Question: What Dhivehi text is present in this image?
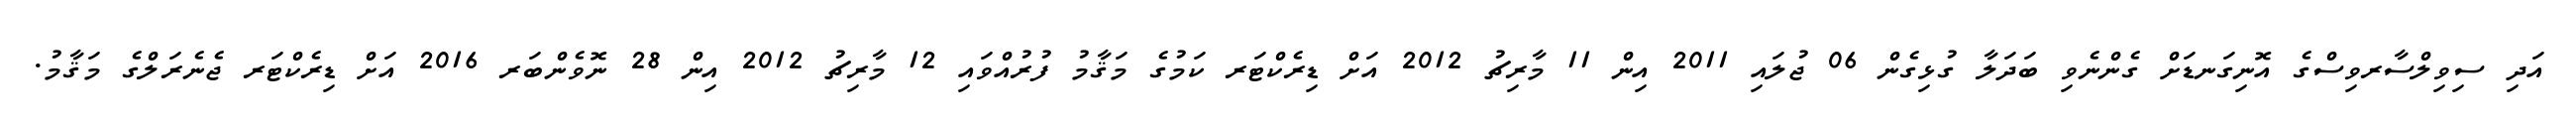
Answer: އަދި ސިވިލްސާރވިސްގެ އޮނިގަނޑަށް ގެންނެވި ބަދަލާ ގުޅިގެން 06 ޖުލައި 2011 އިން 11 މާރިޗު 2012 އަށް ޑިރެކްޓަރ ކަމުގެ މަޤާމު ފުރުއްވައި 12 މާރިޗު 2012 އިން 28 ނޮވެންބަރ 2016 އަށް ޑިރެކްޓަރ ޖެނެރަލްގެ މަޤާމު.